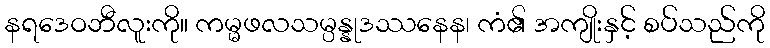
နရဒေဝဘီလူးကို။ ကမ္မဖလသမ္ပန္နုဒဿနေန၊ ကံ၏ အကျိုးနှင့် စပ်သည်ကို